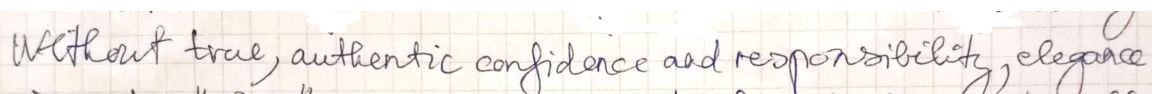
Without true, authentic confidence and responsibility, elegance